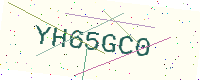
Text: YH65GC0